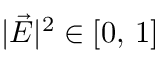
| \vec { E } | ^ { 2 } \in [ 0 , \, 1 ]